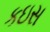
કઇસ